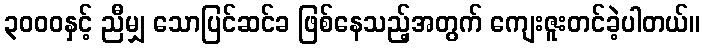
၃၀၀၀နှင့် ညီမျှ သောပြင်ဆင်ခ ဖြစ်နေသည့်အတွက် ကျေးဇူးတင်ခဲ့ပါတယ်။